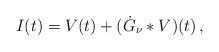
LaTeX: \begin{align*}I (t) = V (t) + ({\dot G} _\nu \ast V)(t) \, ,\end{align*}